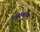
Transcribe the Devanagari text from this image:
एनझायमॅटिक